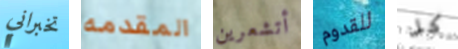
تخبراني المقدمه أتشعرين للقدوم كل